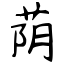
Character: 荫